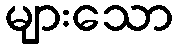
များသော